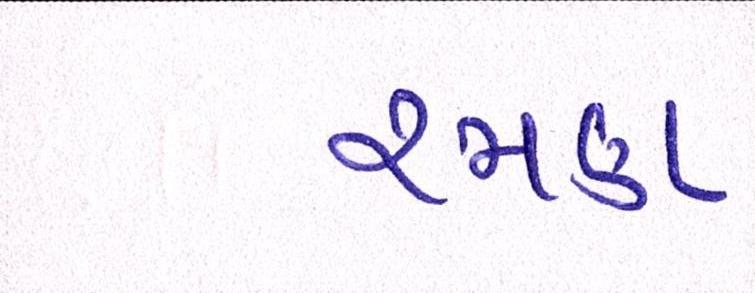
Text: રમણ